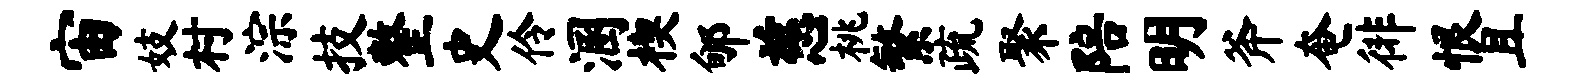
宙妓村淙技整史伶溷楔郇慈桃繁疏聚陪明斧奄徘恨且